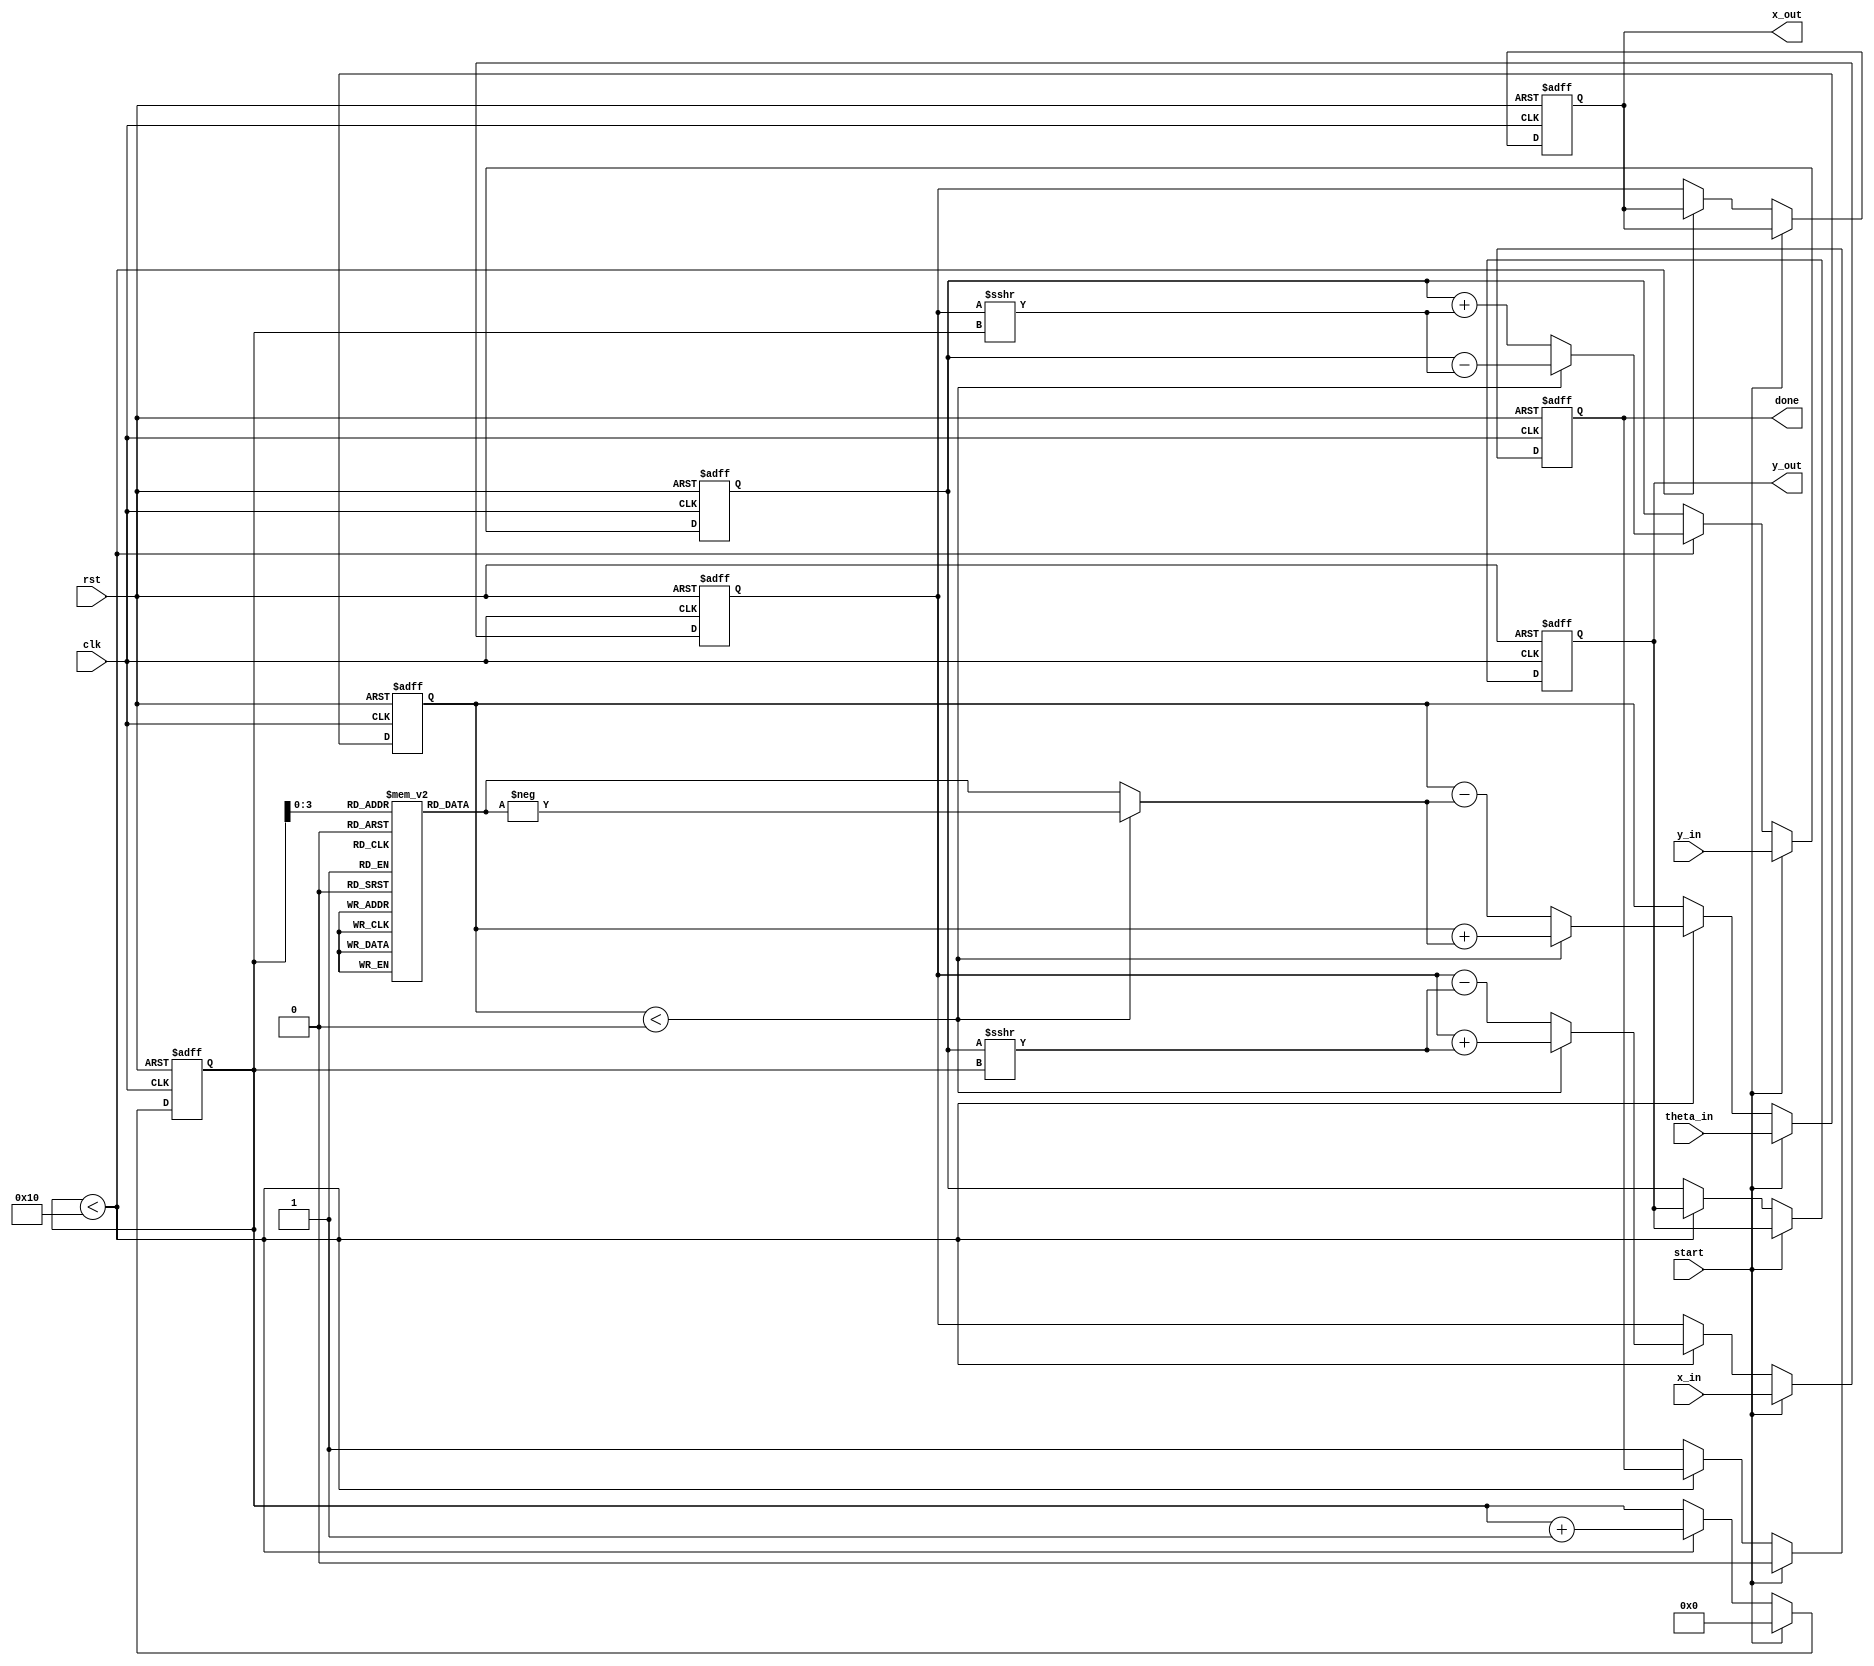
module unified_cordic #(
    parameter DATA_WIDTH = 16,  // Width of the input/output data
    parameter ITERATIONS = 16    // Number of CORDIC iterations
)(
    input wire clk,
    input wire rst,
    input wire start,
    input wire [DATA_WIDTH-1:0] x_in,
    input wire [DATA_WIDTH-1:0] y_in,
    input wire [DATA_WIDTH-1:0] theta_in,
    output reg [DATA_WIDTH-1:0] x_out,
    output reg [DATA_WIDTH-1:0] y_out,
    output reg done
);

    // CORDIC constants (arctan(2^-i) in fixed-point representation)
    reg [DATA_WIDTH-1:0] atan_table [0:ITERATIONS-1];
    initial begin
        atan_table[0] = 16'h2000; // atan(1) = 45 degrees
        atan_table[1] = 16'h1000; // atan(0.5) = 26.565 degrees
        atan_table[2] = 16'h0800; // atan(0.25) = 14.036 degrees
        // ... Fill in the rest of the atan_table for all iterations
        // Example: atan_table[3] = 16'h0400; // atan(0.125)
        // Continue until atan_table[15]
    end

    reg [DATA_WIDTH-1:0] x_reg, y_reg, theta_reg;
    reg [4:0] iteration_count;
    reg [DATA_WIDTH-1:0] x_temp, y_temp;
    reg [DATA_WIDTH-1:0] angle;

    // Control logic
    always @(posedge clk or posedge rst) begin
        if (rst) begin
            x_out <= 0;
            y_out <= 0;
            done <= 0;
            iteration_count <= 0;
            x_reg <= 0;
            y_reg <= 0;
            theta_reg <= 0;
        end else if (start) begin
            // Load inputs
            x_reg <= x_in;
            y_reg <= y_in;
            theta_reg <= theta_in;
            iteration_count <= 0;
            done <= 0;
        end else if (iteration_count < ITERATIONS) begin
            // CORDIC iteration
            angle = (theta_reg < 0) ? -atan_table[iteration_count] : atan_table[iteration_count];
            if (theta_reg < 0) begin
                // Perform clockwise rotation
                x_temp = x_reg + (y_reg >>> iteration_count);
                y_temp = y_reg - (x_reg >>> iteration_count);
                theta_reg = theta_reg + angle;
            end else begin
                // Perform counterclockwise rotation
                x_temp = x_reg - (y_reg >>> iteration_count);
                y_temp = y_reg + (x_reg >>> iteration_count);
                theta_reg = theta_reg - angle;
            end
            x_reg <= x_temp;
            y_reg <= y_temp;
            iteration_count <= iteration_count + 1;
        end else begin
            // Final output after iterations
            x_out <= x_reg;
            y_out <= y_reg;
            done <= 1;
        end
    end

endmodule